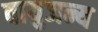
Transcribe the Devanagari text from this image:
वायुजन्य